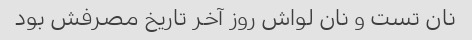
نان تست و نان لواش روز آخر تاریخ مصرفش بود